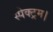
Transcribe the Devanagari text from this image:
स्पेक्ट्रम।